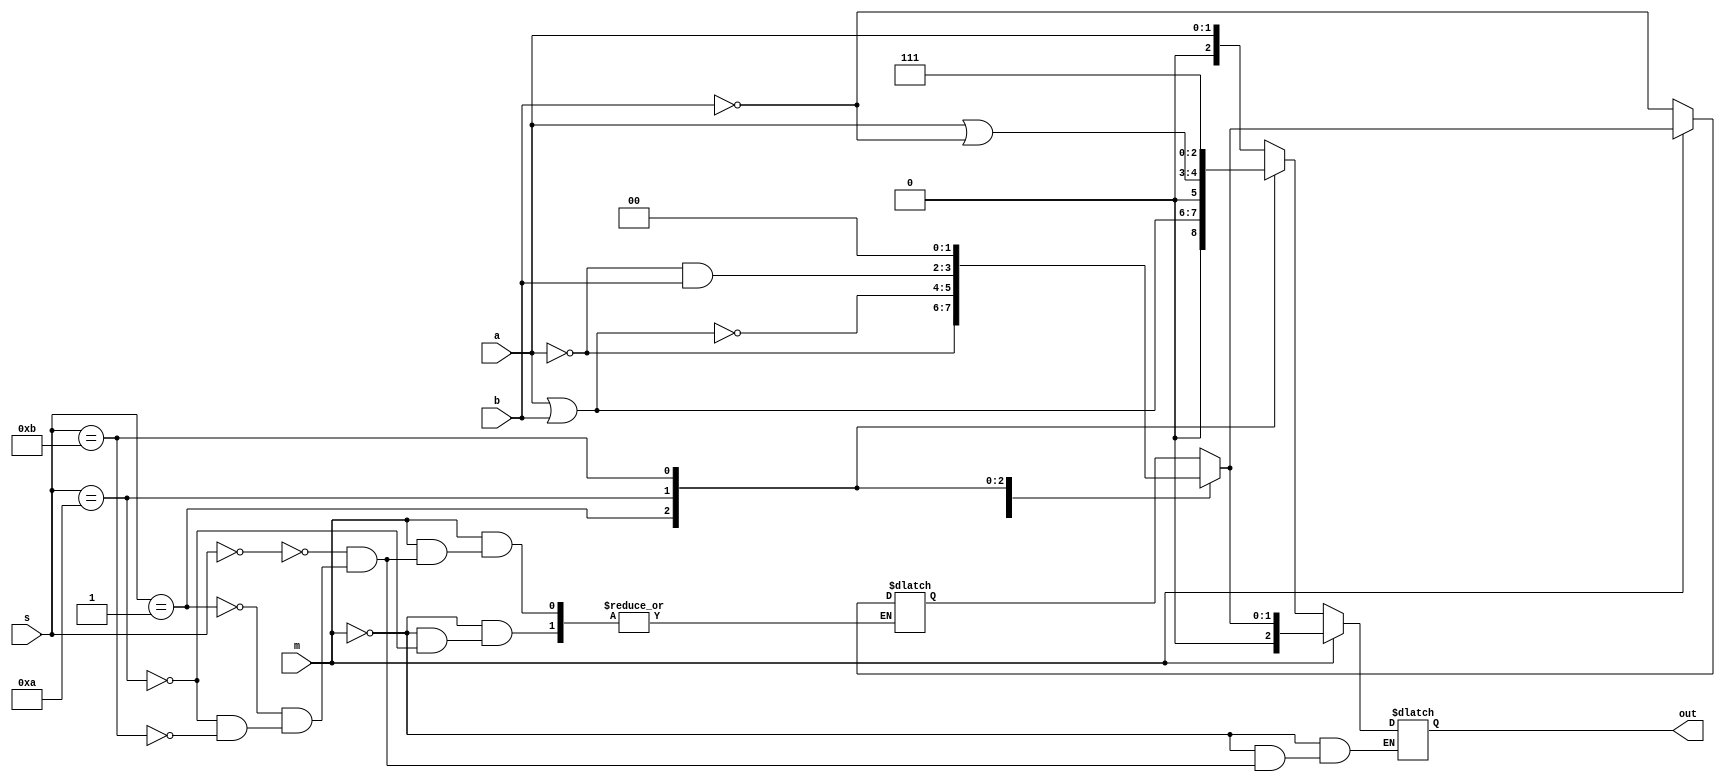
module assign1part2(s, m, a, b, out);
input [3:0] s;
input m;
input [1:0] a, b;
output [2:0] out;
reg [2:0] out;
reg [1:0] out2;



always @(*) begin
    if (m == 0) begin
        case (s)
            0000: out = a;
            0001: out = a | b;
            0010: begin
                out2 = ~b;
                out = a | out2;
                end
            0011: out = -1;
            0100: begin
                out2 = ~b;
                out = a + (a & out2);
                end
            0101: begin
                out2 = ~b; 
                out = (a | b) + (a & out2);
                end
            0110: out = a - b;
            0111: begin
                out2 = ~b ;
                out = (a & out2) - 1;
                end
            1000: out = a + (a & b);
            1001: out = a + b + 1;
            1010: begin
                out2 = ~b;
                out = (a | out2) + (a & b);
                end
            1011: out = (a & b) - 1;
            1100: out = a + a;
            1101: out = (a | b) + a;
            1110: begin
                out2 = ~b;
                out = (a | out2) + a;
                end
            1111: out = a - 1; //mali
            default: ;
        endcase
    end
    else begin
        case (s)
            0000: out2 = ~a;
            0001: out2 = ~(a | b); 
            0010: out2 = ~a & b;
            0011: out2 = 0;
            0100: out2 = ~(a &b);
            0101: out2 = ~b;
            0110: out2 = a ^ b;
            0111: out2 = a & ~b;
            1000: out2 = ~a | b;
            1001: out2 = ~(a ^ b);
            1010: out2 = b;
            1011: out2 = a & b;
            1100: out2 = 1;
            1101: out2 = a | ~b;
            1110: out2 = a | b;
            1111: out = a; // mali
            default: ;
        endcase
        out = out2;
    end
end

endmodule